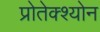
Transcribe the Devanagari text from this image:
प्रोतेक्श्योन